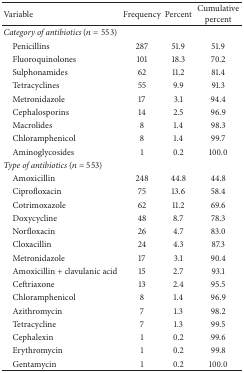
| Variable | Frequency | Percent | Cumulative percent |
 | --- | --- | --- | --- |
 | Category of antibiotics (n = 553) |  |  |  |
 | Penicillins | 287 | 51.9 | 51.9 |
 | Fluoroquinolones | 101 | 18.3 | 70.2 |
 | Sulphonamides | 62 | 11.2 | 81.4 |
 | Tetracyclines | 55 | 9.9 | 91.3 |
 | Metronidazole | 17 | 3.1 | 94.4 |
 | Cephalosporins | 14 | 2.5 | 96.9 |
 | Macrolides | 8 | 1.4 | 98.3 |
 | Chloramphenicol | 8 | 1.4 | 99.7 |
 | Aminoglycosides | 1 | 0.2 | 100.0 |
 | Type of antibiotics (n = 553) |  |  |  |
 | Amoxicillin | 248 | 44.8 | 44.8 |
 | Ciprofloxacin | 75 | 13.6 | 58.4 |
 | Cotrimoxazole | 62 | 11.2 | 69.6 |
 | Doxycycline | 48 | 8.7 | 78.3 |
 | Norfloxacin | 26 | 4.7 | 83.0 |
 | Cloxacillin | 24 | 4.3 | 87.3 |
 | Metronidazole | 17 | 3.1 | 90.4 |
 | Amoxicillin + clavulanic acid | 15 | 2.7 | 93.1 |
 | Ceftriaxone | 13 | 2.4 | 95.5 |
 | Chloramphenicol | 8 | 1.4 | 96.9 |
 | Azithromycin | 7 | 1.3 | 98.2 |
 | Tetracycline | 7 | 1.3 | 99.5 |
 | Cephalexin | 1 | 0.2 | 99.6 |
 | Erythromycin | 1 | 0.2 | 99.8 |
 | Gentamycin | 1 | 0.2 | 100.0 |